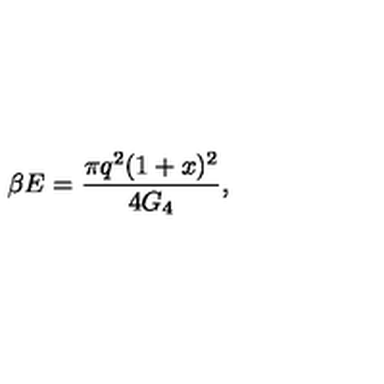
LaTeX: \beta E = \frac { \pi q ^ { 2 } ( 1 + x ) ^ { 2 } } { 4 G _ { 4 } } ,